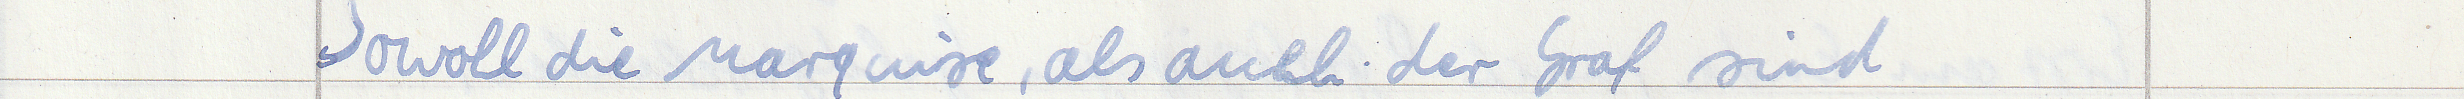
Sowohl die Marquise, als auch der Graf sind